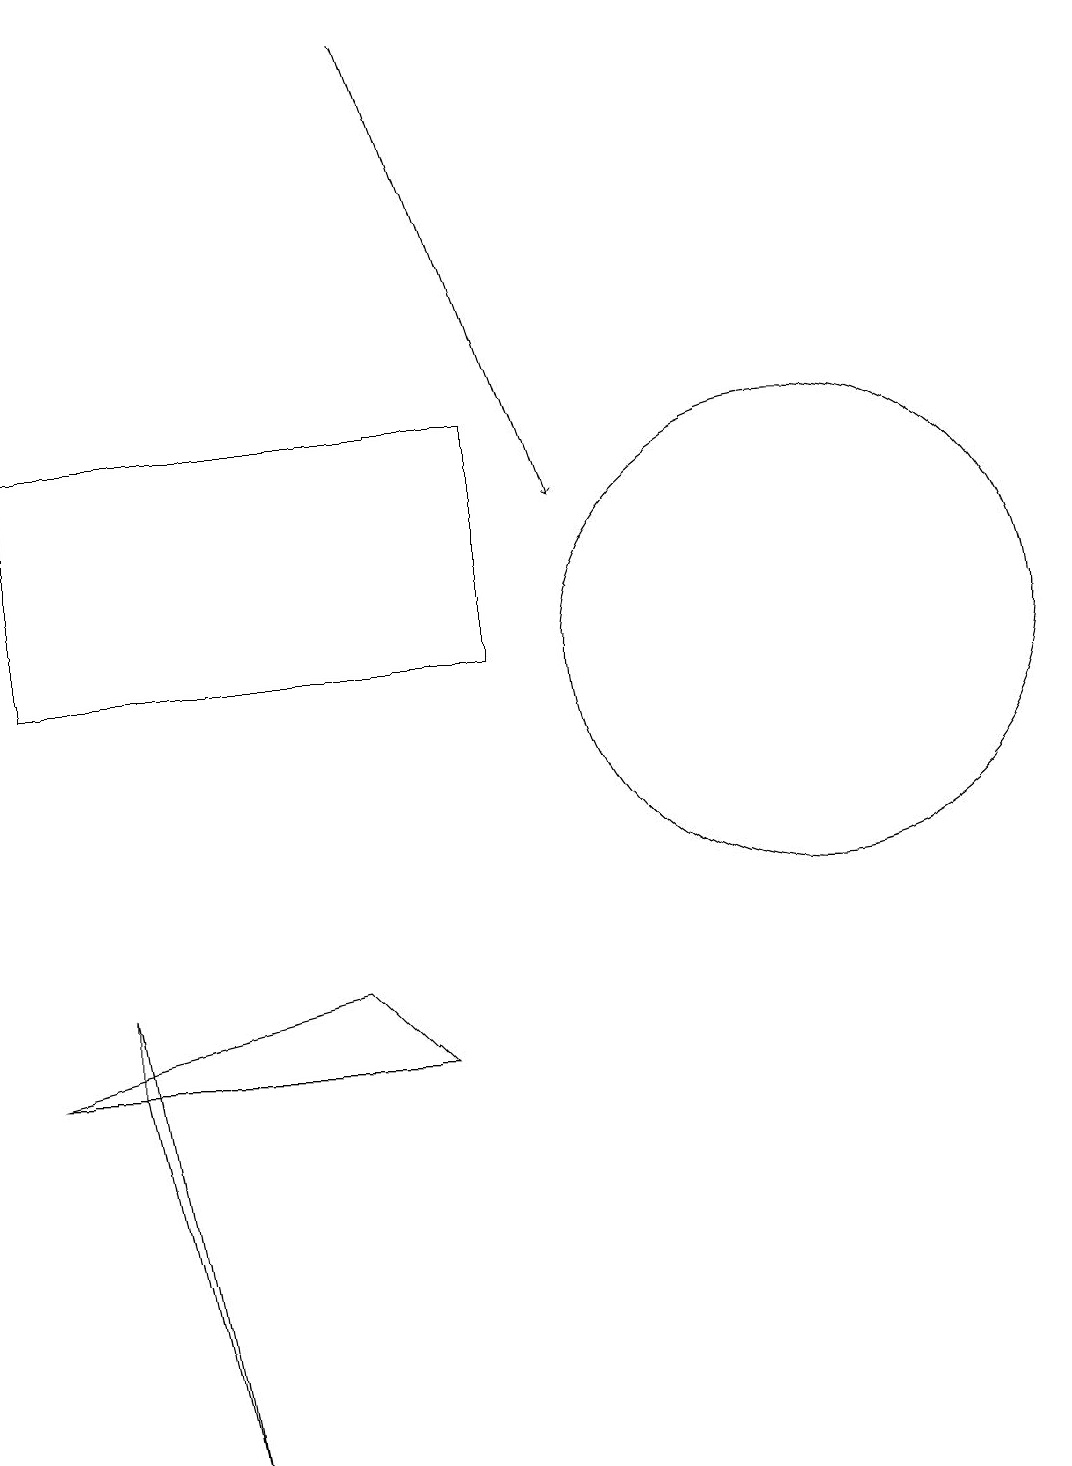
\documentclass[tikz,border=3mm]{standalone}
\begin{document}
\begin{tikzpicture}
\draw (5,7) -- (1,6) -- (6,6) -- cycle;
\draw (1,11) rectangle (7,14);
\draw (11,11) circle (3);
\draw (3,1) -- (2,6) -- (2,7) -- cycle;
\draw (11,11) circle (0);
\draw[->] (6,19) -- (8,13);
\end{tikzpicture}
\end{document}